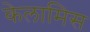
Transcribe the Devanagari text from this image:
केलामिस